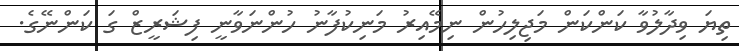
ތިޔަ ވިދާލުވާ ކަންކަން މަޖިލިހުން ނިމޭއިރު މަނިކުފާނު ހުންނަވާނީ ފިޝަރީޒް ގަ ކަންނޭގެ.